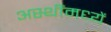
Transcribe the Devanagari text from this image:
अस्थींमध्यें